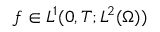
f \in L ^ { 1 } ( 0 , T ; L ^ { 2 } ( \Omega ) )